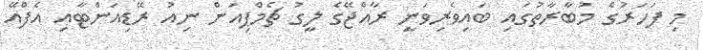
މި ފަހަރުގެ މުބާރާތުގައި ބައިވެރިވަނީ ރާއްޖޭގެ ލީގު ޗެމްޕިއަން ނިއު ރޭޑިއަންޓާއި އެފްއޭ